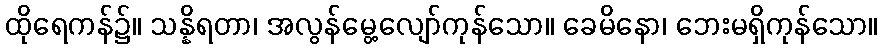
ထိုရေကန်၌။ သန္နိရတာ၊ အလွန်မွေ့လျော်ကုန်သော။ ခေမိနော၊ ဘေးမရှိကုန်သော။